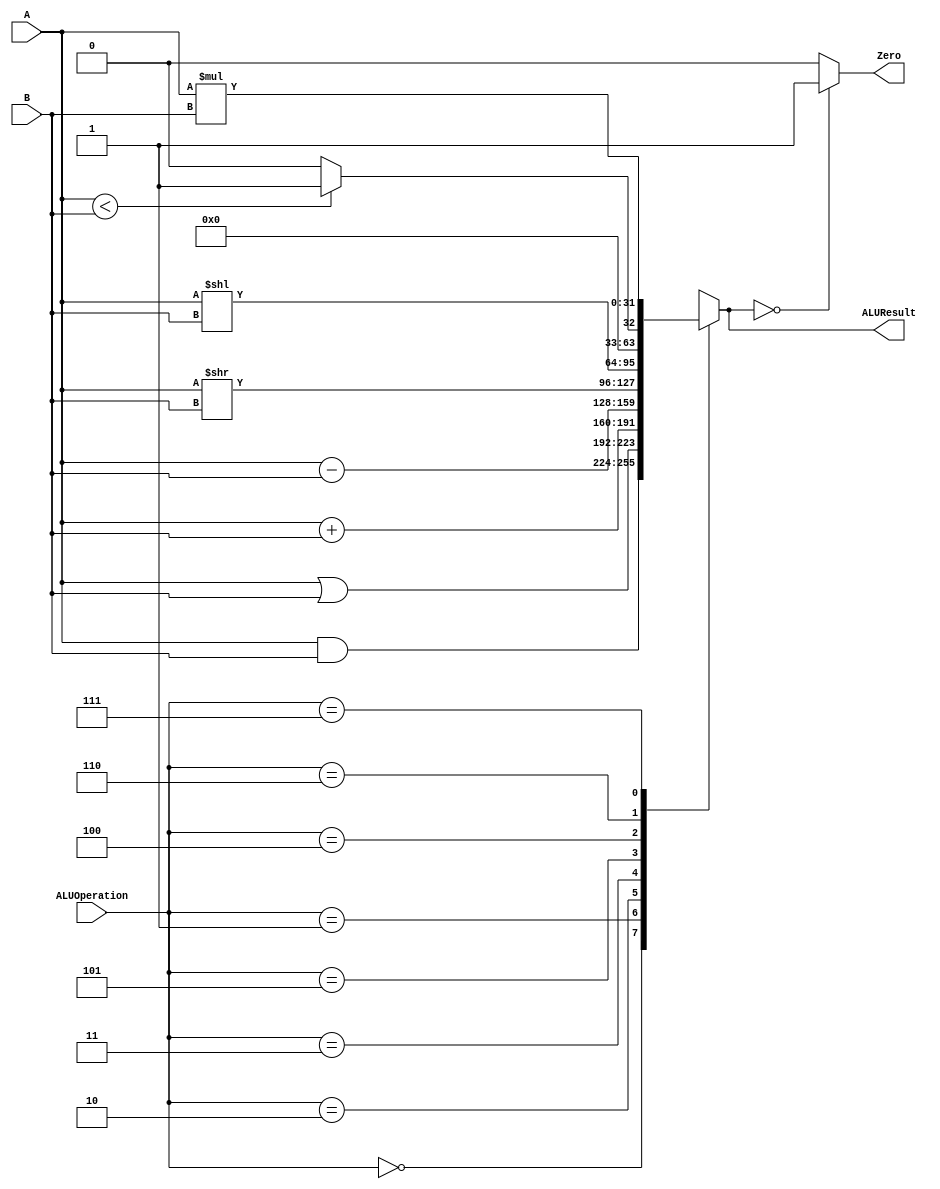
/******************************************************************
* Description
*	This is an 32-bit arithetic logic unit that can execute the next set of operations:
*		add
*		sub
*		or
*		and
*		nor
* This ALU is written by using behavioral description.
* Version:
*	1.0
* Author:
*	Dr. Jos Luis Pizano Escalante
* email:
*	luispizano@iteso.mx
* Date:
*	01/03/2014
******************************************************************/

module ALU 
(
	input [2:0] ALUOperation,
	input [31:0] A,
	input [31:0] B,
	output reg Zero,
	output reg [31:0]ALUResult
);
localparam AND   = 3'b000;
localparam OR    = 3'b001;
localparam ADD   = 3'b010;
localparam SUB   = 3'b011;
localparam SLLI  = 3'b100;
localparam SRLI  = 3'b101;
localparam SLT   = 3'b110;
localparam MUL   = 3'b111;
   
   always @ (A or B or ALUOperation)
     begin
		case (ALUOperation)
		  AND: // and
			ALUResult = A & B;
	     OR: // or
			ALUResult = A | B;
		  ADD: // add
			ALUResult = A + B;
 		  SUB: // sub
			ALUResult = A - B;
		  SRLI: // slri
			ALUResult = A >> B;
		  SLLI:
			ALUResult = A << B;
		  SLT:
			ALUResult = A < B ? 1'b1 : 1'b0;
        MUL:
			ALUResult = A * B;
		default:
			ALUResult= 0;
		endcase // case(control)
		Zero = (ALUResult==0) ? 1'b1 : 1'b0;
     end // always @ (A or B or control)
endmodule // ALU